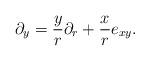
LaTeX: \begin{align*}\partial_y = {y \over r} \partial_r + {x \over r} e_{x y}.\end{align*}